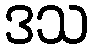
ဒသ